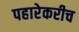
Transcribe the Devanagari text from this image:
पहारेकरीच